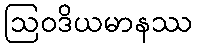
ဩဝဒိယမာနဿ